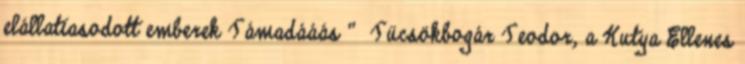
elállatiasodott emberek Támadááás ” Tücsökbogár Teodor, a Kutya Ellenes